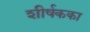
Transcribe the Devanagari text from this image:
शीर्षकका